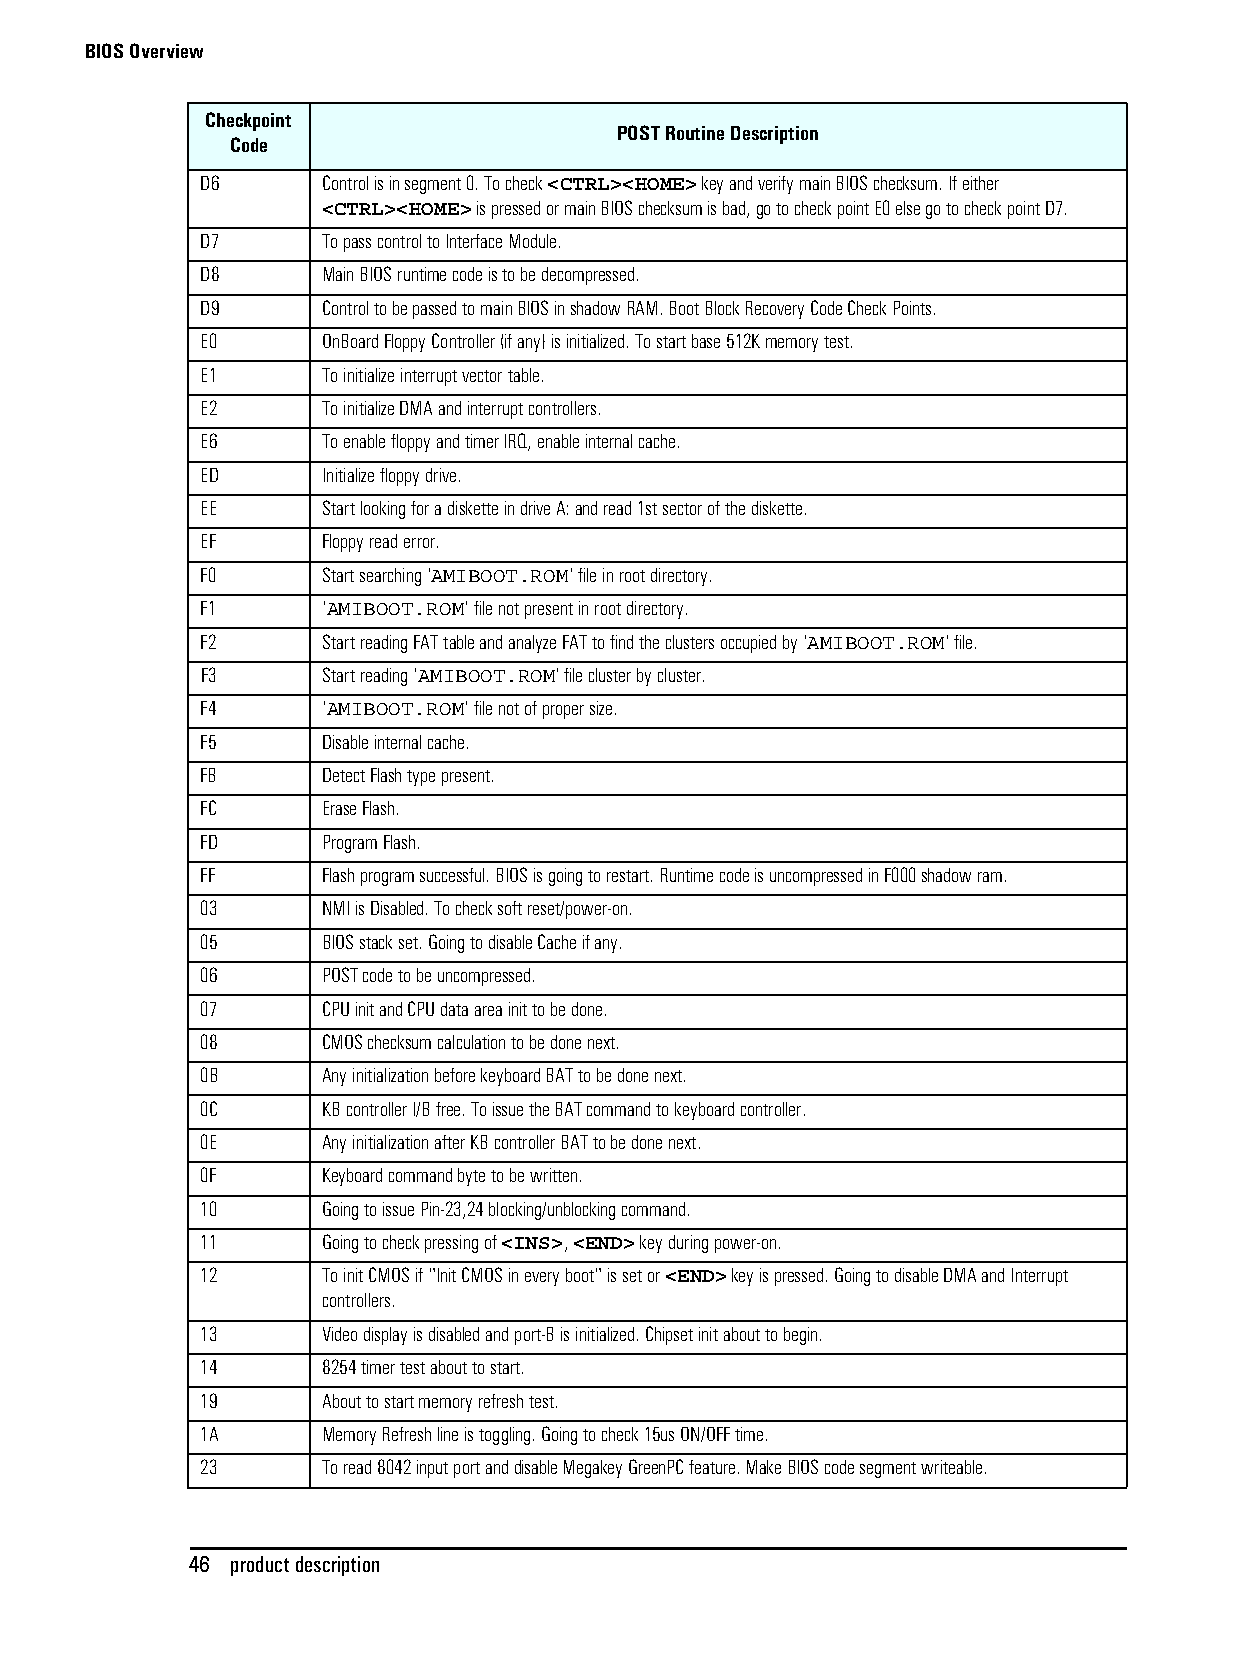
BIOS Overview
 Checkpoint
 POST Routine Description
 Code
 D6      Control is in segment 0. To check <CTRL><HOME> key and verify main BIOS checksum. If either
 <CTRL><HOME> is pressed or main BIOS checksum is bad, go to check point E0 else go to check point D7.
 D7      To pass control to Interface Module.
 D8      Main BIOS runtime code is to be decompressed.
 D9      Control to be passed to main BIOS in shadow RAM. Boot Block Recovery Code Check Points.
 E0      OnBoard Floppy Controller (if any) is initialized. To start base 512K memory test.
 E1      To initialize interrupt vector table.
 E2      To initialize DMA and interrupt controllers.
 E6      To enable floppy and timer IRQ, enable internal cache.
 ED      Initialize floppy drive.
 EE      Start looking for a diskette in drive A: and read 1st sector of the diskette.
 EF      Floppy read error.
 F0      Start searching 'AMIBOOT.ROM' file in root directory.
 F1      'AMIBOOT.ROM' file not present in root directory.
 F2      Start reading FAT table and analyze FAT to find the clusters occupied by 'AMIBOOT.ROM' file.
 F3      Start reading 'AMIBOOT.ROM' file cluster by cluster.
 F4      'AMIBOOT.ROM' file not of proper size.
 F5      Disable internal cache.
 FB      Detect Flash type present.
 FC      Erase Flash.
 FD      Program Flash.
 FF      Flash program successful. BIOS is going to restart. Runtime code is uncompressed in F000 shadow ram.
 03      NMI is Disabled. To check soft reset/power-on.
 05      BIOS stack set. Going to disable Cache if any.
 06      POST code to be uncompressed.
 07      CPU init and CPU data area init to be done.
 08      CMOS checksum calculation to be done next.
 0B      Any initialization before keyboard BAT to be done next.
 0C      KB controller I/B free. To issue the BAT command to keyboard controller.
 0E      Any initialization after KB controller BAT to be done next.
 0F      Keyboard command byte to be written.
 10      Going to issue Pin-23,24 blocking/unblocking command.
 11      Going to check pressing of <INS>, <END> key during power-on.
 12      To init CMOS if "Init CMOS in every boot" is set or <END> key is pressed. Going to disable DMA and Interrupt
 controllers.
 13      Video display is disabled and port-B is initialized. Chipset init about to begin.
 14      8254 timer test about to start.
 19      About to start memory refresh test.
 1A      Memory Refresh line is toggling. Going to check 15us ON/OFF time.
 23      To read 8042 input port and disable Megakey GreenPC feature. Make BIOS code segment writeable.
 46 product description